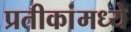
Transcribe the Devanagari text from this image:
प्रतीकांमध्ये